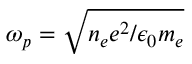
\omega _ { p } = \sqrt { n _ { e } e ^ { 2 } / \epsilon _ { 0 } m _ { e } }